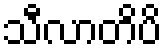
သီလာတိပိ